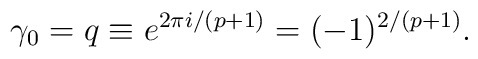
\gamma_{0}=q\equiv e^{2\pi i/(p+1)} = (-1)^{2/(p+1)}.